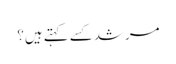
مرشد کسے کہتے ہیں؟